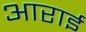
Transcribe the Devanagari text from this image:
आराई